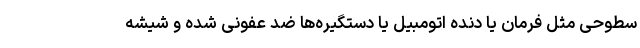
سطوحی مثل فرمان یا دنده اتومبیل یا دستگیره‌ها ضد عفونی شده و شیشه